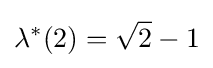
\lambda ^{*}(2)={\sqrt {2}}-1